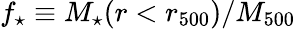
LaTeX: f_{\star}\equiv M_{\star}(r<r_{500})/M_{500}